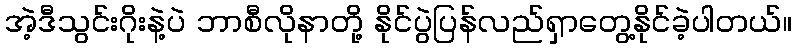
အဲ့ဒီသွင်းဂိုးနဲ့ပဲ ဘာစီလိုနာတို့ နိုင်ပွဲပြန်လည်ရှာတွေ့နိုင်ခဲ့ပါတယ်။